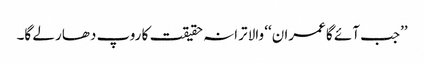
’’جب آئے گا عمران‘‘ والا ترانہ حقیقت کا روپ دھار لے گا۔